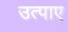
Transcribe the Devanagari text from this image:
उत्पाए